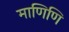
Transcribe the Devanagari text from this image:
माणिणि